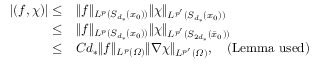
\begin{array} { r l } { | ( f , \chi ) | \leq } & { \| f \| _ { L ^ { p } ( S _ { d _ { * } } ( x _ { 0 } ) ) } \| \chi \| _ { L ^ { p ^ { \prime } } ( S _ { d _ { * } } ( x _ { 0 } ) ) } } \\ { \leq } & { \| f \| _ { L ^ { p } ( S _ { d _ { * } } ( x _ { 0 } ) ) } \| \chi \| _ { L ^ { p ^ { \prime } } ( S _ { 2 d _ { * } } ( \bar { x } _ { 0 } ) ) } } \\ { \leq } & { C d _ { * } \| f \| _ { L ^ { p } ( \varOmega ) } \| \nabla \chi \| _ { L ^ { p ^ { \prime } } ( \varOmega ) } , \quad \mathrm { ( L e m m a ~ u s e d ) } } \end{array}